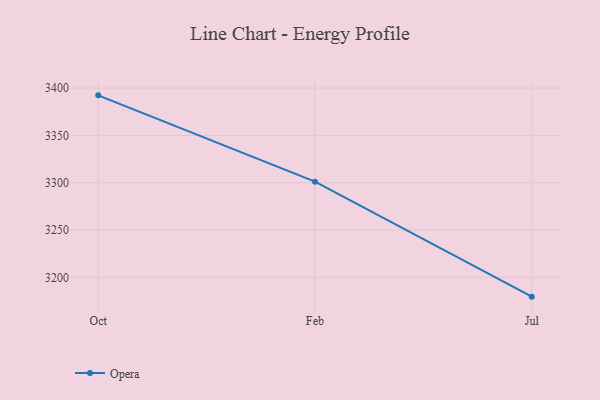
{"axis": {"x": "Month", "y": "Latency (ms)"}, "legend": ["Opera"], "data": [{"x": "Oct", "y": 3392.3, "type": "Opera"}, {"x": "Feb", "y": 3301.1, "type": "Opera"}, {"x": "Jul", "y": 3179.6, "type": "Opera"}]}